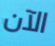
الآن